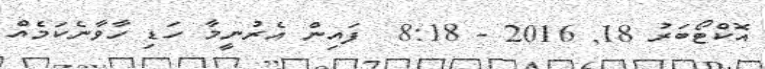
އޮކްޓޯބަރު 18